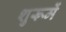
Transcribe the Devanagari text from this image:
शुरूमें